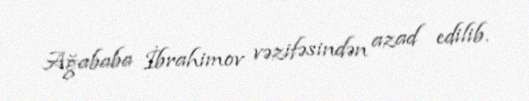
Ağababa İbrahimov vəzifəsindən azad edilib.